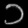
Digit: ၁